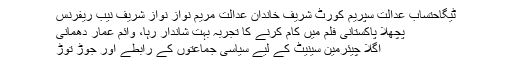
ٹیگاحتساب عدالت سپریم کورٹ شریف خاندان عدالت مریم نواز نواز شریف نیب ریفرنس
پچھلا پاکستانی فلم میں کام کرنے کا تجربہ بہت شاندار رہا، وائم عمار دھمانی
اگلا چیئرمین سینیٹ کے لیے سیاسی جماعتوں کے رابطے اور جوڑ توڑ